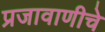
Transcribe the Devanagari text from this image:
प्रजावाणीचे